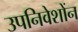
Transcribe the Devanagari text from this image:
उपनिवेशोंन